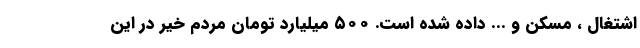
اشتغال ، مسکن و ... داده شده است. ۵۰۰ میلیارد تومان مردم خیر در این